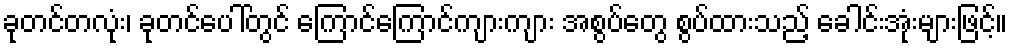
ခုတင်တလုံး၊ ခုတင်ပေါ်တွင် ကြောင်ကြောင်ကျားကျား အစွပ်တွေ စွပ်ထားသည့် ခေါင်းအုံးများဖြင့်။